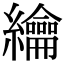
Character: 𦇬